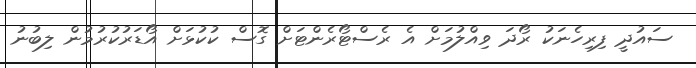
ސައުދީ ފިރިހެނަކު ރޯދަ ވިއްލުމަށް އެ ރެސްޓޯރެންޓަށް ގޮސް ކުކުޅަށް އޯޑަރުކުރުމުން ލިބުނު